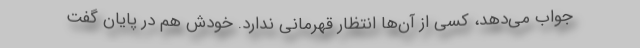
جواب می‌دهد، کسی از آن‌ها انتظار قهرمانی ندارد. خودش هم در پایان گفت